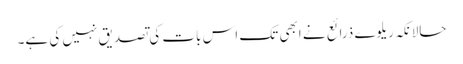
حالانکہ ریلوے ذرائع نے ابھی تک اس بات کی تصدیق نہیں کی ہے۔